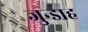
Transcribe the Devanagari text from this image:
जुन्डाह